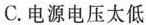
C.电源电压太低